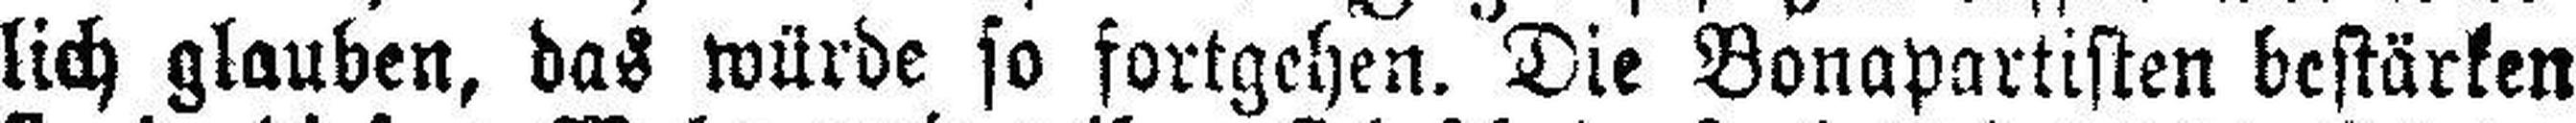
lich glauben, das würde so fortgehen. Die Bonapartisten bestärken